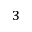
^ { 3 }